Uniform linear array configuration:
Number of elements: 16
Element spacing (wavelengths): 0.25
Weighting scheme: hamming
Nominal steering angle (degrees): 45
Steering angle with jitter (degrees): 43.738
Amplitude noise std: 0.05
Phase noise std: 0.05

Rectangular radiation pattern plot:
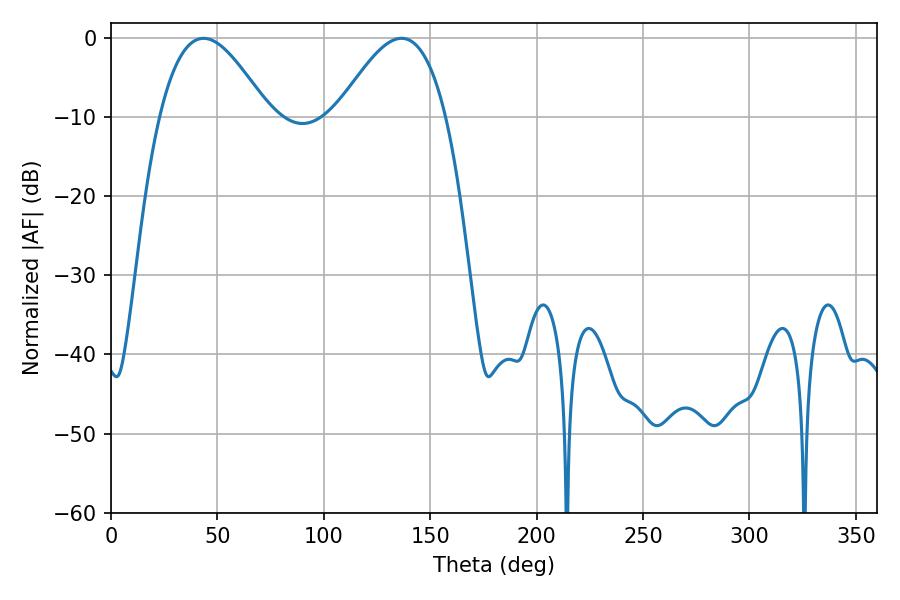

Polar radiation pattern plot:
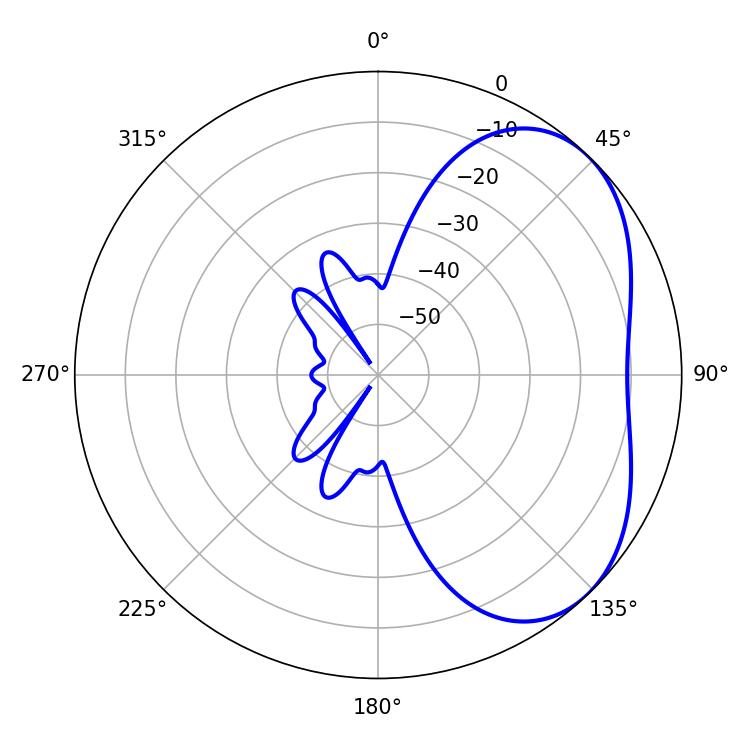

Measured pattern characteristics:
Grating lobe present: FALSE
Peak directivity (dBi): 4.061
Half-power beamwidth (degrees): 27.72
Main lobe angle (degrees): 43.56